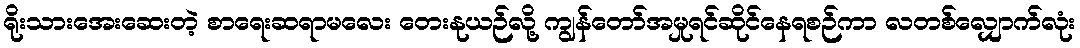
ရိုးသားအေးဆေးတဲ့ စာရေးဆရာမလေး တေးနုယဉ်လို့ ကျွန်တော်အမှုရင်ဆိုင်နေရစဉ်ကာ လတစ်လျှောက်လုံး